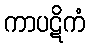
ကာပဋိကံ